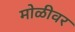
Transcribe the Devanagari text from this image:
मोळीवर